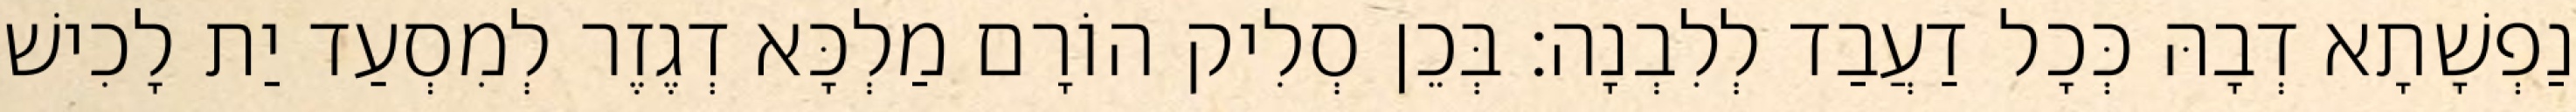
נַפְשָׁתָא דְבָהּ כְּכָל דַעֲבַד לְלִבְנָה׃ בְּכֵן סְלִיק הוֹרָם מַלְכָּא דְגֶזֶר לְמִסְעַד יַת לָכִישׁ